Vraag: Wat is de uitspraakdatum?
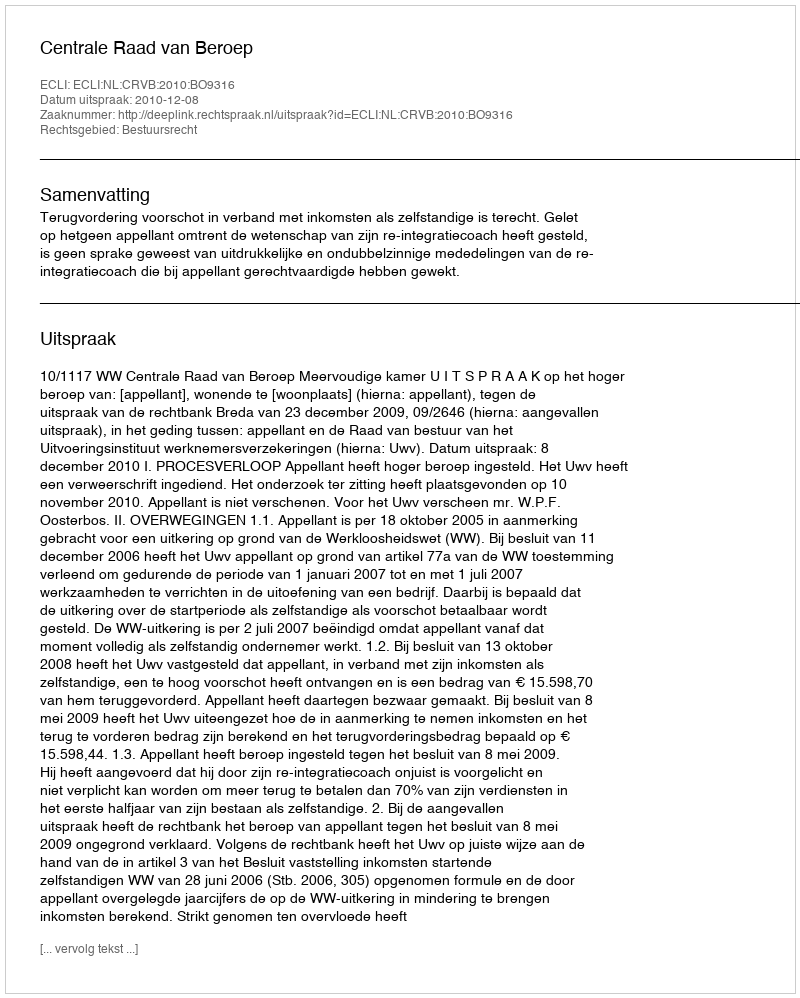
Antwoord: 2010-12-08